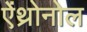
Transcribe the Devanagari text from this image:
ऐंथ्रोनोल